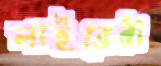
লাইব্রেরী